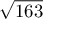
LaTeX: \sqrt { 1 6 3 }